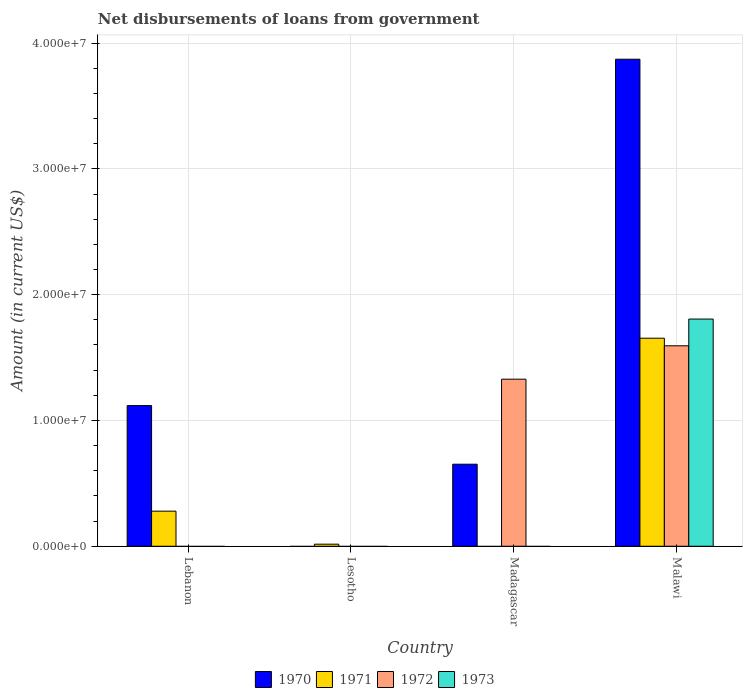
| Country | 1970 | 1971 | 1972 | 1973 |
 | --- | --- | --- | --- | --- |
 | Lebanon | 1.12e+07 | 2.79e+06 | -5.24e+06 | -6.85e+06 |
 | Lesotho | -5.4e+04 | 1.65e+05 | -3.9e+04 | -1.07e+05 |
 | Madagascar | 6.52e+06 | -3.06e+06 | 1.33e+07 | -2.11e+07 |
 | Malawi | 3.87e+07 | 1.65e+07 | 1.59e+07 | 1.81e+07 |